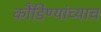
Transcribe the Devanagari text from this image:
कौंडिण्यांच्याच